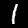
Digit: 1